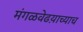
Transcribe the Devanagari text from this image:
मंगळवेढय़ाच्याच